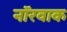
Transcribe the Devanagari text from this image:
नॉरवाक